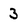
Character: 3